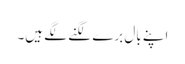
اپنے بال برے لگنے لگے ہیں۔